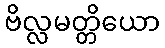
ဗိလ္လမတ္တိယော